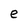
Character: e